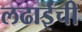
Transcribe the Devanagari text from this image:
लढाईंची